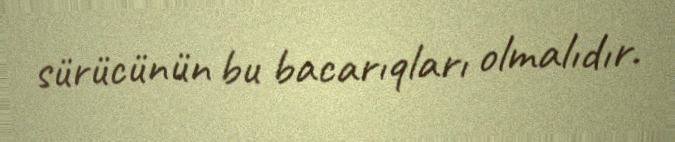
sürücünün bu bacarıqları olmalıdır.